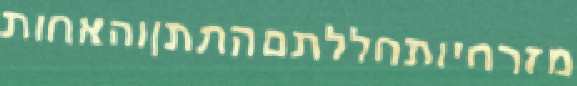
מזרחיותחללתםהתתןוהאחות